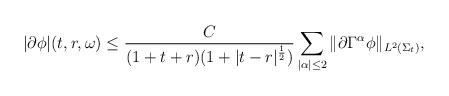
LaTeX: \begin{align*} \begin{aligned} |\partial \phi| (t,r,\omega) \le {C \over (1 + t + r) (1 + |t - r|^{{1 \over2}})} \sum_{|\alpha| \le 2} \Vert \partial \Gamma^\alpha \phi \Vert_{L^2 (\Sigma_t)}, \end{aligned}\end{align*}